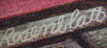
Raienllatb